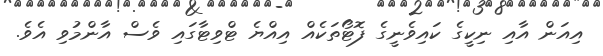
އިއަން އާއި ނިކީގެ ކައިވެނީގެ ފޮޓޯތަކެއް އިއްޔެ ޓްވިޓާގައި ވެސް އާންމުވި އެވެ.